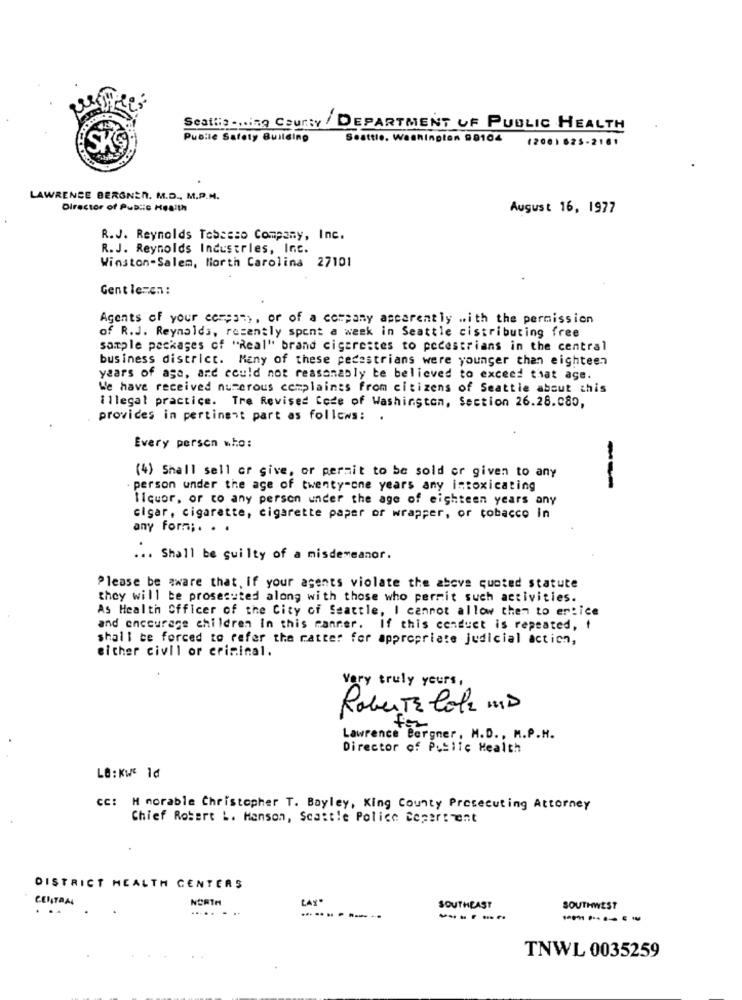
Seattis .... County / DEPARTMENT OF PUBLIC HEALTH
Public Safety Building
Seattle, Washington 98104
(2001 625-2161
SKS:
LAWRENCE BERGNER, M.D ., M.P.M.
Director of Public Health
August 16, 1977
R.J. Reynolds Tosesso Company, Inc.
R. J. Reynolds Industries, Inc.
Winston-Salem, North Carolina 27101
Gentle=en:
Agents of your ccmest>, or of a company ascarently .. ith the permission
of R.J. Reynolds, recently spent a week in Seattle cistributing free
sample packages of "Real" brand cigarestes to pedestrians in the central
business district. Many of these pedestrians were younger than eighteen
years of age, and could not reasonably te believed to exceed that age.
We have received numerous complaints From citizens of Seattle about this
illegal practice. Tre Revised Code of Washington, Section 26.28.080,
provides in pertinent part as follows: .
Every person who:
(4) Shall sell or give, or permit to be sold or given to any
person under the age of twenty-one years any intoxicating
--
liquor, or to any person under the age of eighteen years any
cigar, cigarette, cigarette paper or wrapper, or tobacco in
any form ;. . .
... Shall be guilty of a misdemeanor.
Please be aware that, if your agents violate the above quoted statute
they will be prosecuted along with those who permit such activities.
As Health Officer of the City of Seattle, I cannot allow them to erice
and encourage children In this manner. If this conduct is repeated, t
shall be forced to refer the ratter for appropriate judicial action,
either civil or criminal.
very truly yours ,
Roberta Cola MD
for
Lawrence Bergner, M.D ., M.P.H.
Director of Public Health
LO: KWE 1d
CC: H norable Christopher T. Bayley, King County Prosecuting Attorney
Chief Robert L. Manson, Scattle Police Cepertent
DISTRICT HEALTH CENTERS
NORTH
CAY"
CENTRAL
...
SOUTHEAST
SOUTHWEST
---- --
------
TNWL 0035259